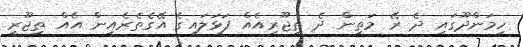
ހިމަންދޫގައި ދެ ރޭ މަތިން ދެ ތިޖޫރިއެއް ފަޅަލައިގެ އޭގެތެރެއިން އެއް ތިޖޫރީ